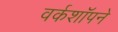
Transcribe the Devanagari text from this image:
वर्कशॉपने